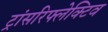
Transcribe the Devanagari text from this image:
ट्रांसरिफ्लेक्टिव